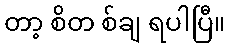
တာ့ စိတ စ်ချ ရပါပြီ။